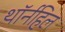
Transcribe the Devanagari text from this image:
थॉर्नहिल